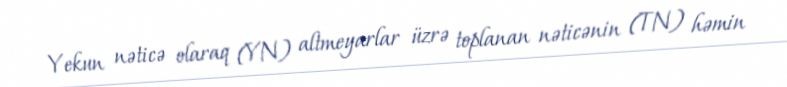
Yekun nəticə olaraq (YN) altmeyarlar üzrə toplanan nəticənin (TN) həmin